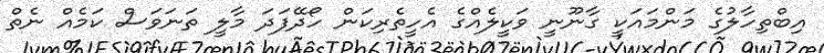
އިބްތިހާލުގެ މަންމައަކީ ގާނޫނީ ވަކީލެއްގެ އެހީތެރިކަން ހޯދޭފަދަ މާލީ ތަނަވަސް ކަމެއް ނެތް